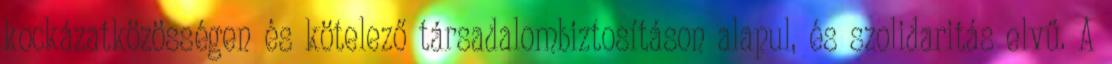
kockázatközösségen és kötelező társadalombiztosításon alapul, és szolidaritás elvű. A